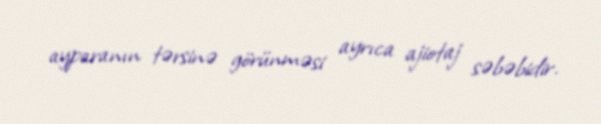
ayparanın tərsinə görünməsi ayrıca ajiotaj səbəbidir.